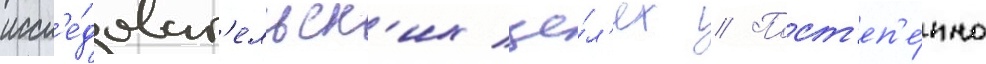
иссл'е́доват'ельск'их це́л'ях // Пост'еп'е́нно